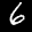
Label: 6